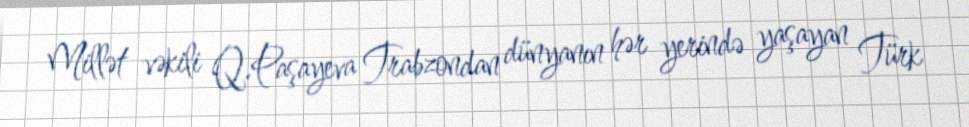
Millət vəkili Q.Paşayeva Trabzondan dünyanın hər yerində yaşayan Türk